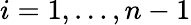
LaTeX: i=1,\dots,n-1